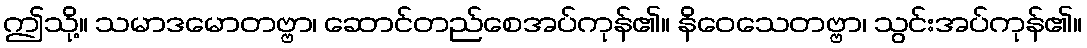
ဤသို့။ သမာဒမောတဗ္ဗာ၊ ဆောင်တည်စေအပ်ကုန်၏။ နိဝေသေတဗ္ဗာ၊ သွင်းအပ်ကုန်၏။